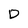
Character: D